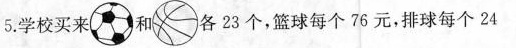
5.学校买来和各23个，篮球每个76元，排球每个24